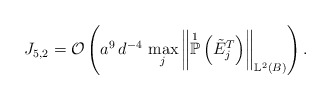
\begin{align*}J_{5,2} = \mathcal{O}\left( a^9 \, d^{-4} \, \max_{j} \left\Vert \overset{1}{\mathbb{P}}\left( \tilde{E}^{T}_j\right) \right\Vert_{\mathbb{L}^{2}(B)} \right).\end{align*}